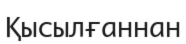
Қысылғаннан